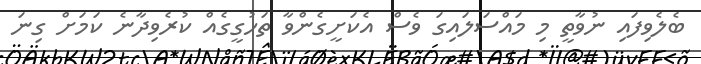
ބެލެވިފައި ނުވާތީ މި މައްސަލައިގަ ވެސް އެކަށީގެންވާ ތަހުގީގެއް ކުރެވިދާނެ ކަމަށް ގިނަ